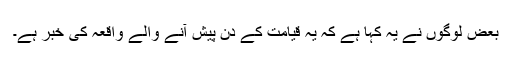
بعض لوگوں نے یہ کہا ہے کہ یہ قیامت کے دن پیش آنے والے واقعہ کی خبر ہے۔